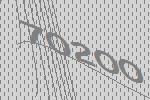
70200